Civil Veterinary Department Bihar reports 1936-40 - 1936-1940
Year: 1936
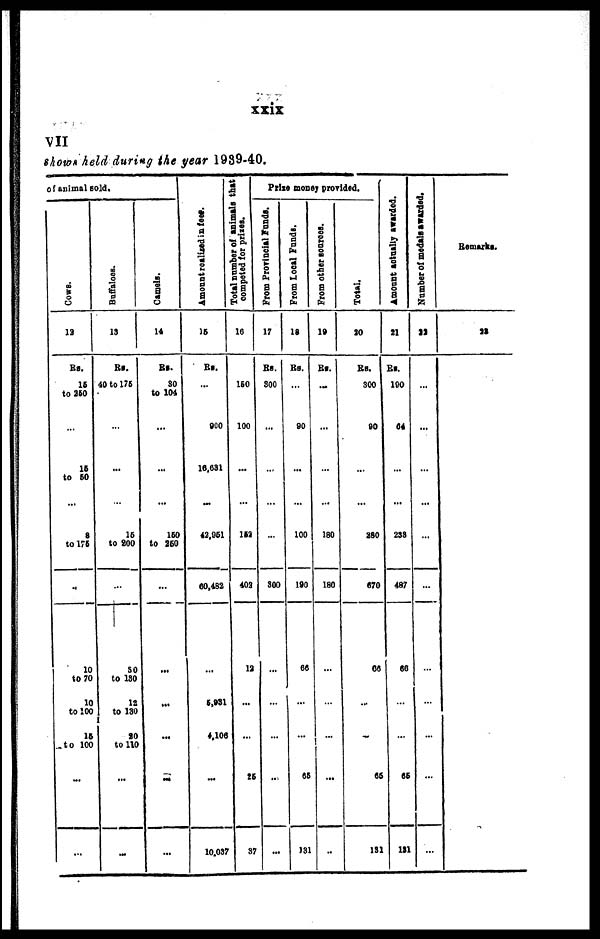
xxix
VII
shows held during the year 1989-40.
of animal sold.
COWS.
12
Rs.
15
to 250
...
15
to 50
8
to 175
...
10
to 70
10
to 100
15
to 100
...
...
Buffaloes.
13
Rs.
40 to 175
...
...
15
to 200
...
30
to 130
12
to 130
20
to 110
...
...
Camels.
14
Rs.
30
to 104
...
...
160
to 250
...
...
...
...
...
...
Amount realized in fees.
15
Rs.
...
900
16,631
42,951
60,482
...
5,931
4,100
...
10,037
Total number of animals that
competed for prises.
16
160
100
...
162
402
12
...
...
25
37
Prize money provided.
From Provincial Funds.
17
Rs.
300
...
...
...
800
...
...
...
...
...
From Local Fundi.
18
Rs.
...
90
...
100
190
66
...
...
65
131
From other sources.
19
Rs.
...
...
...
180
180
...
...
...
...
..
Total.
20
Rs.
300
90
...
280
670
66
...
...
65
131
Amount actually awarded.
21
Rs.
190
64
...
238
487
66
...
...
65
121
Number of medals awarded.
22
...
...
...
..
...
...
...
...
...
...
Remarks.
23